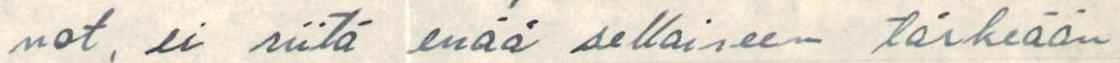
not, ei siitä enää sellaiseen tärkeään